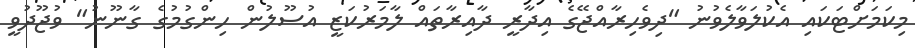
މިކަމަށްޓަކައި އެކުލަވާލެވުނު "ދިވެހިރާއްޖޭގެ އިދާރީ ދާއިރާތައް ލާމަރުކަޒީ އުސޫލުން ހިންގުމުގެ ގާނޫނު" ވުޖޫދުވީ